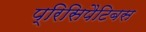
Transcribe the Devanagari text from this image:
प्रिसिपैटिबस